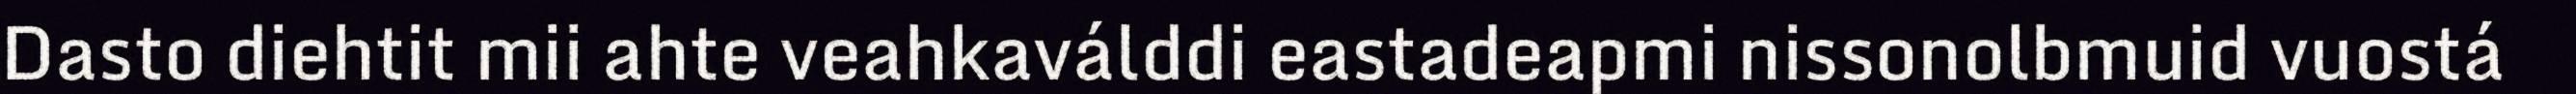
Dasto diehtit mii ahte veahkaválddi eastadeapmi nissonolbmuid vuostá